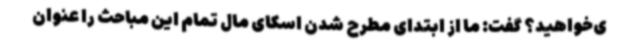
ی‌خواهید؟ گفت: ما از ابتدای مطرح شدن اسکای مال تمام این مباحث را عنوان